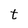
Character: t